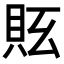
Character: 𧵇